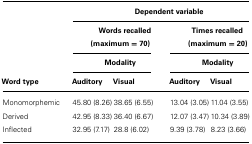
<table><thead><tr><td></td><td colspan="4"><b>Dependent variable</b></td></tr><tr><td></td><td colspan="2"><b>Words recalled (maximum = 70)</b></td><td colspan="2"><b>Times recalled (maximum = 20)</b></td></tr><tr><td></td><td colspan="2"><b>Modality</b></td><td colspan="2"><b>Modality</b></td></tr><tr><td><b>Word type</b></td><td><b>Auditory</b></td><td><b>Visual</b></td><td><b>Auditory</b></td><td><b>Visual</b></td></tr></thead><tbody><tr><td>Monomorphemic</td><td>45.80 (8.26)</td><td>38.65 (6.55)</td><td>13.04 (3.05)</td><td>11.04 (3.55)</td></tr><tr><td>Derived</td><td>42.95 (8.33)</td><td>36.40 (6.67)</td><td>12.07 (3.47)</td><td>10.34 (3.89)</td></tr><tr><td>Inflected</td><td>32.95 (7.17)</td><td>28.8 (6.02)</td><td>9.39 (3.78)</td><td>8.23 (3.66)</td></tr></tbody></table>